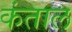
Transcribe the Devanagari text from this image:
कंताल